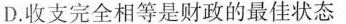
D.收支完全相等是财政的最佳状态